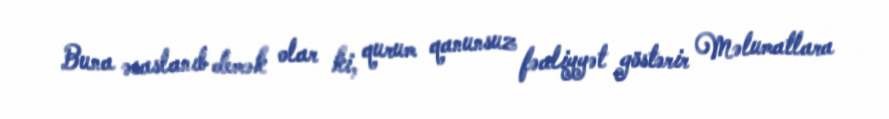
Buna əsaslanıb demək olar ki, qurum qanunsuz fəaliyyət göstərir Məlumatlara